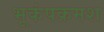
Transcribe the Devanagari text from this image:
भूकंपक्रमश